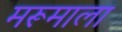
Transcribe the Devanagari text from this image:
मरूमाला